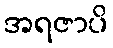
အရဇာပိ